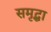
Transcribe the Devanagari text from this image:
समृद्धा